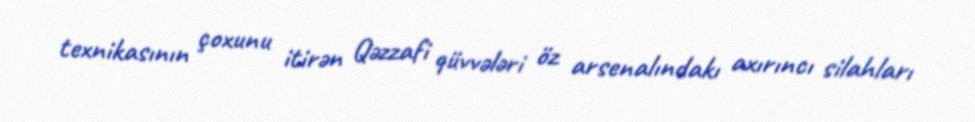
texnikasının çoxunu itirən Qəzzafi qüvvələri öz arsenalındakı axırıncı silahları